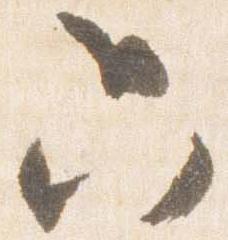
只